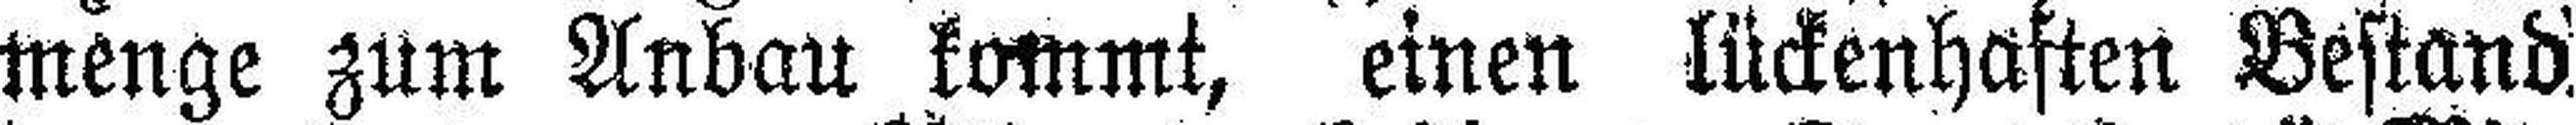
menge zum Anbau kommt, einen lückenhaften Bestand